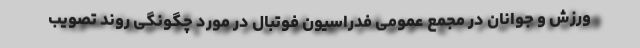
ورزش و جوانان در مجمع عمومی فدراسیون فوتبال در مورد چگونگی روند تصویب